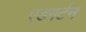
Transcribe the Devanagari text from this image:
एडगर्टन